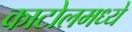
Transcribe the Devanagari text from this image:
काटोलमध्ये